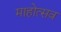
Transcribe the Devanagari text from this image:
माहोत्सव